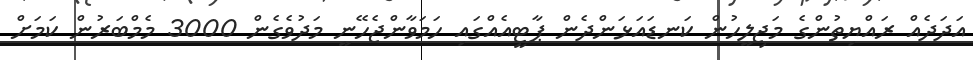
އަދަދެއް ރައްޔިތުންގެ މަޖިލީހުން ކަނޑައަޅަންދެން ޕާޓީއެއްގައި ހަމަވާންޖެހޭނީ މަދުވެގެން 3000 މެމްބަރުން ކަމަށް